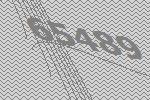
65489